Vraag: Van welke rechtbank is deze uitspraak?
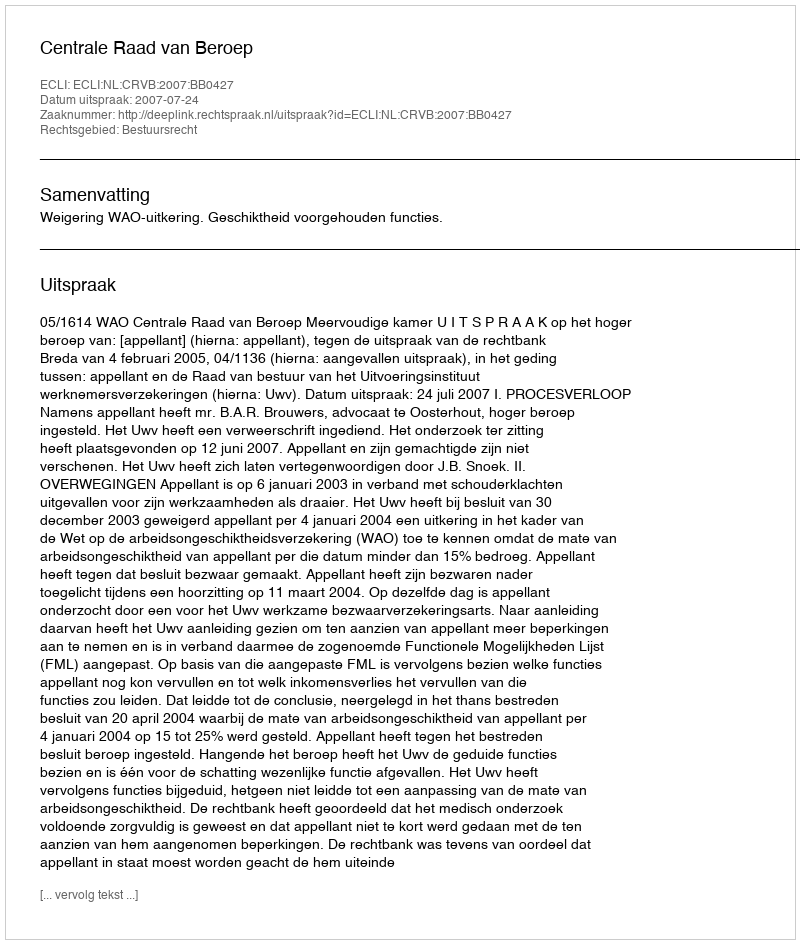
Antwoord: Centrale Raad van Beroep